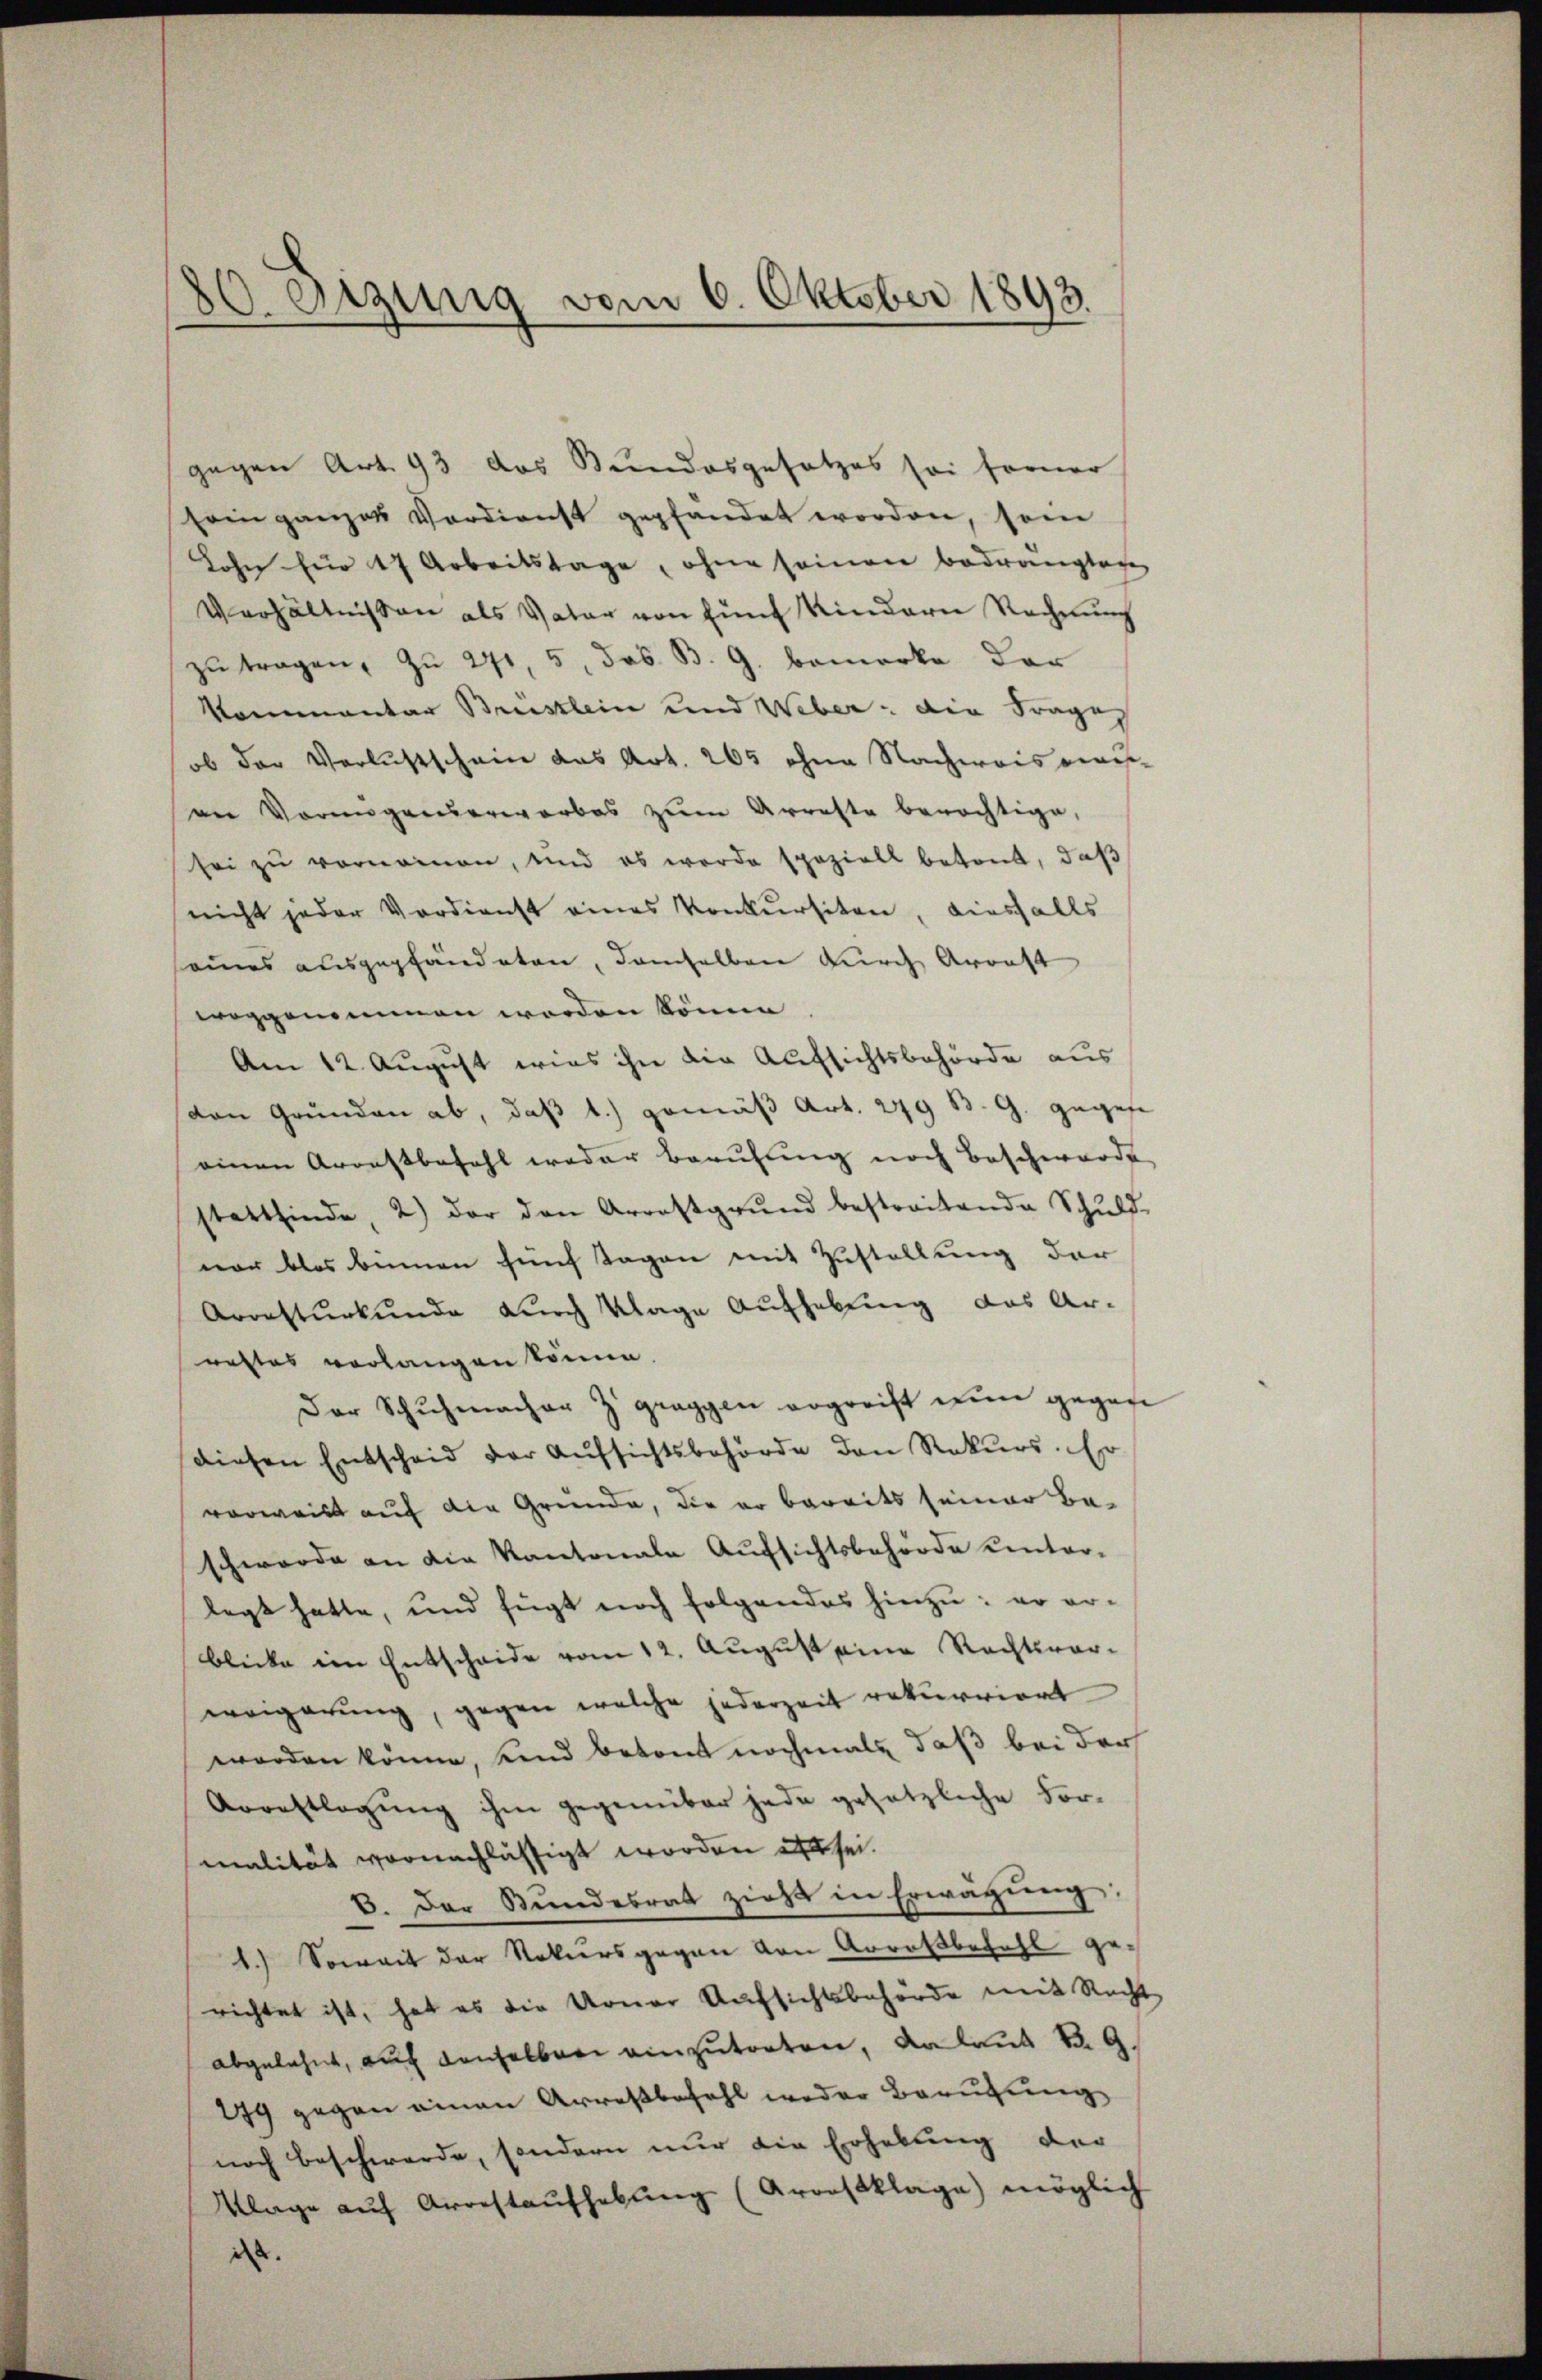
80. Sitzung vom 6. Oktober 1893.

gegen Art. 93 das Bundesgesetzes sei ferner
sein ganzes Verdienst gepfandet worden, sein
Lohn für 17 Arbeitstage, ohne seinen bedrängten
Verhältnissen als Vater von fünf Kindern Rechnŭng
zŭ tragen, zu 271, 5, das B. G. bemerke der
kommentar Brustlein und Weber: die Frage
ob der Verlustschein das Art. 265 ohne Nachweis aus-
an Vermögenserworbes zum Arreste berechtige,
sei zu vernommen, und es werde speziell betont, daß
nicht jeder Verdienst eines Konkursiten, diesfalls
seines ausgepfändeten, demselben durch Arrest
woggenommen worden könne
Am 12. August wies ihn die Aufsichtsbehörde aus
(von Grŭnden ab, daβ 1.) gemäβ Art. 279 B. G. gegen
einen Arrestbefehl weder Berufung noch Beschwerde
stattfinde, 2) der den Arrestgrŭnd bestreitende Schuld-
nar blos omnen fünf Tagen mit Zustellung der
Arresturkunde durch Klage Aufhebung das Ar-
rettes verlangen könne.
Der Schuhmacher Zgraggen ergreift nun gegen
diesen Entscheid der Aufsichtsbehörde den Rekurs-Er
vorweist auf die Gründe, die er bereits seiner Beschwerde an die Kantonale Aufsichtsbehörde einterlegt hatte, und fügt noch folgendes hinzu, er er-
blicke im Entscheide vom 12. August eine Rechtsvorweigerung, gegen welche jederzeit rekurriert
worden könne, und betont nochmals daß bei der
Arrestlegŭng ihm gegenüber jede gesetzliche For-
malität vornachlässigt worden es sei.
6. Der Bundesrat zieht in Erwägung:
1.) Soweit der Notiersgegen von Arraßbefehl gerichtet ist, hat es die Urner Aufsichtsbehörde mit Recht
abgelehnt, auf denselben einzutreten, Anlaut R. G.
29 gegen einen Arrestbefehl weder Berufung
noch beschwerde, sondern nur die Erhebung der
Klage auf Arrestaŭfhebung (Aronsklage) möglich
ist.

e